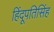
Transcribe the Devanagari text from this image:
हिंदूपतिसिंह